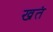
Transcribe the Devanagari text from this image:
खतं